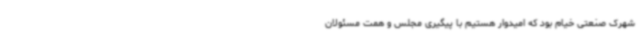
شهرک صنعتی خیام بود که امیدوار هستیم با پیگیری مجلس و همت مسئولان